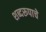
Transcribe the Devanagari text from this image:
शब्दरूपाचे